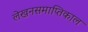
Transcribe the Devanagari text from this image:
लेखनसमाप्तिकाल